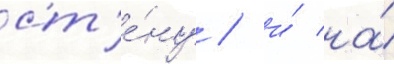
ст'е́ну / и́ на́